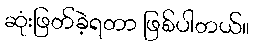
ဆုံးဖြတ်ခဲ့ရတာ ဖြစ်ပါတယ်။